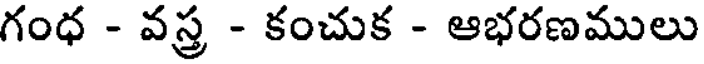
గంధ - వస్త్ర - కంచుక - ఆభరణములు